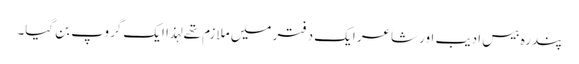
پندرہ بیس ادیب اور شاعر ایک دفتر میں ملازم تھے لہذا ایک گروپ بن گیا۔